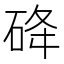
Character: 䂫